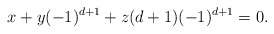
\begin{align*}x+y(-1)^{d+1}+z(d+1)(-1)^{d+1}=0.\end{align*}